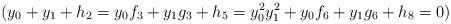
LaTeX: \begin{align*}(y_0 + y_1 + h_2 = y_0 f_3 + y_1 g_3 + h_5 = y_0^2 y_1^2 + y_0 f_6 + y_1 g_6 + h_8 = 0)\end{align*}